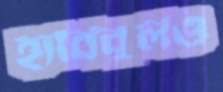
হাবিবুলও